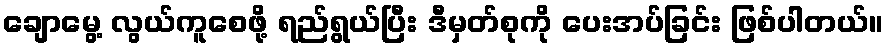
ချောမွေ့ လွယ်ကူစေဖို့ ရည်ရွယ်ပြီး ဒီမှတ်စုကို ပေးအပ်ခြင်း ဖြစ်ပါတယ်။